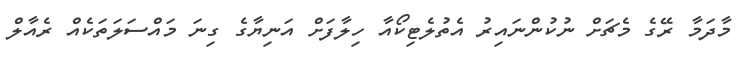
މާދަމާ ރޭގެ މެޗަށް ނުކުންނައިރު އެތުލެޓިކޯއާ ހިލާފަށް އަނިޔާގެ ގިނަ މައްސަލަތަކެއް ރެއާލް